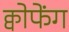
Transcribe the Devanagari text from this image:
क्वोफेंग